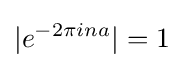
|e^{-2\pi ina}|=1